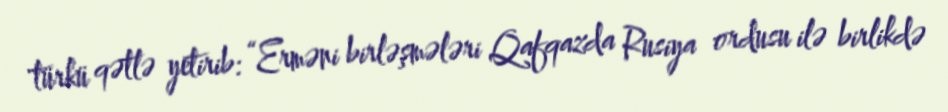
türkü qətlə yetirib: “Erməni birləşmələri Qafqazda Rusiya ordusu ilə birlikdə